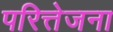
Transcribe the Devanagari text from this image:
परित्तेजना